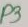
Text: P3